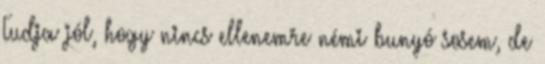
Tudja jól, hogy nincs ellenemre némi bunyó sosem, de